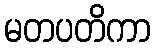
မတပတိကာ